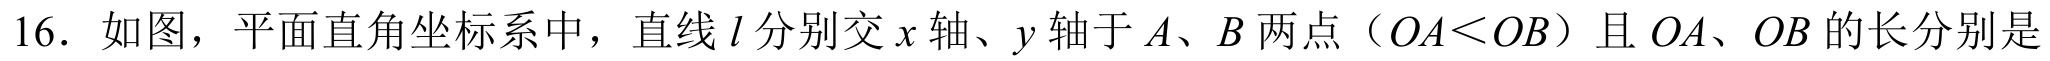
16．如图，平面直角坐标系中，直线\(l\)分别交\(x\)轴、\(y\)轴于\(A\)、\(B\)两点（\(OA<OB\)）且 \(OA\)、\(OB\)的长分别是